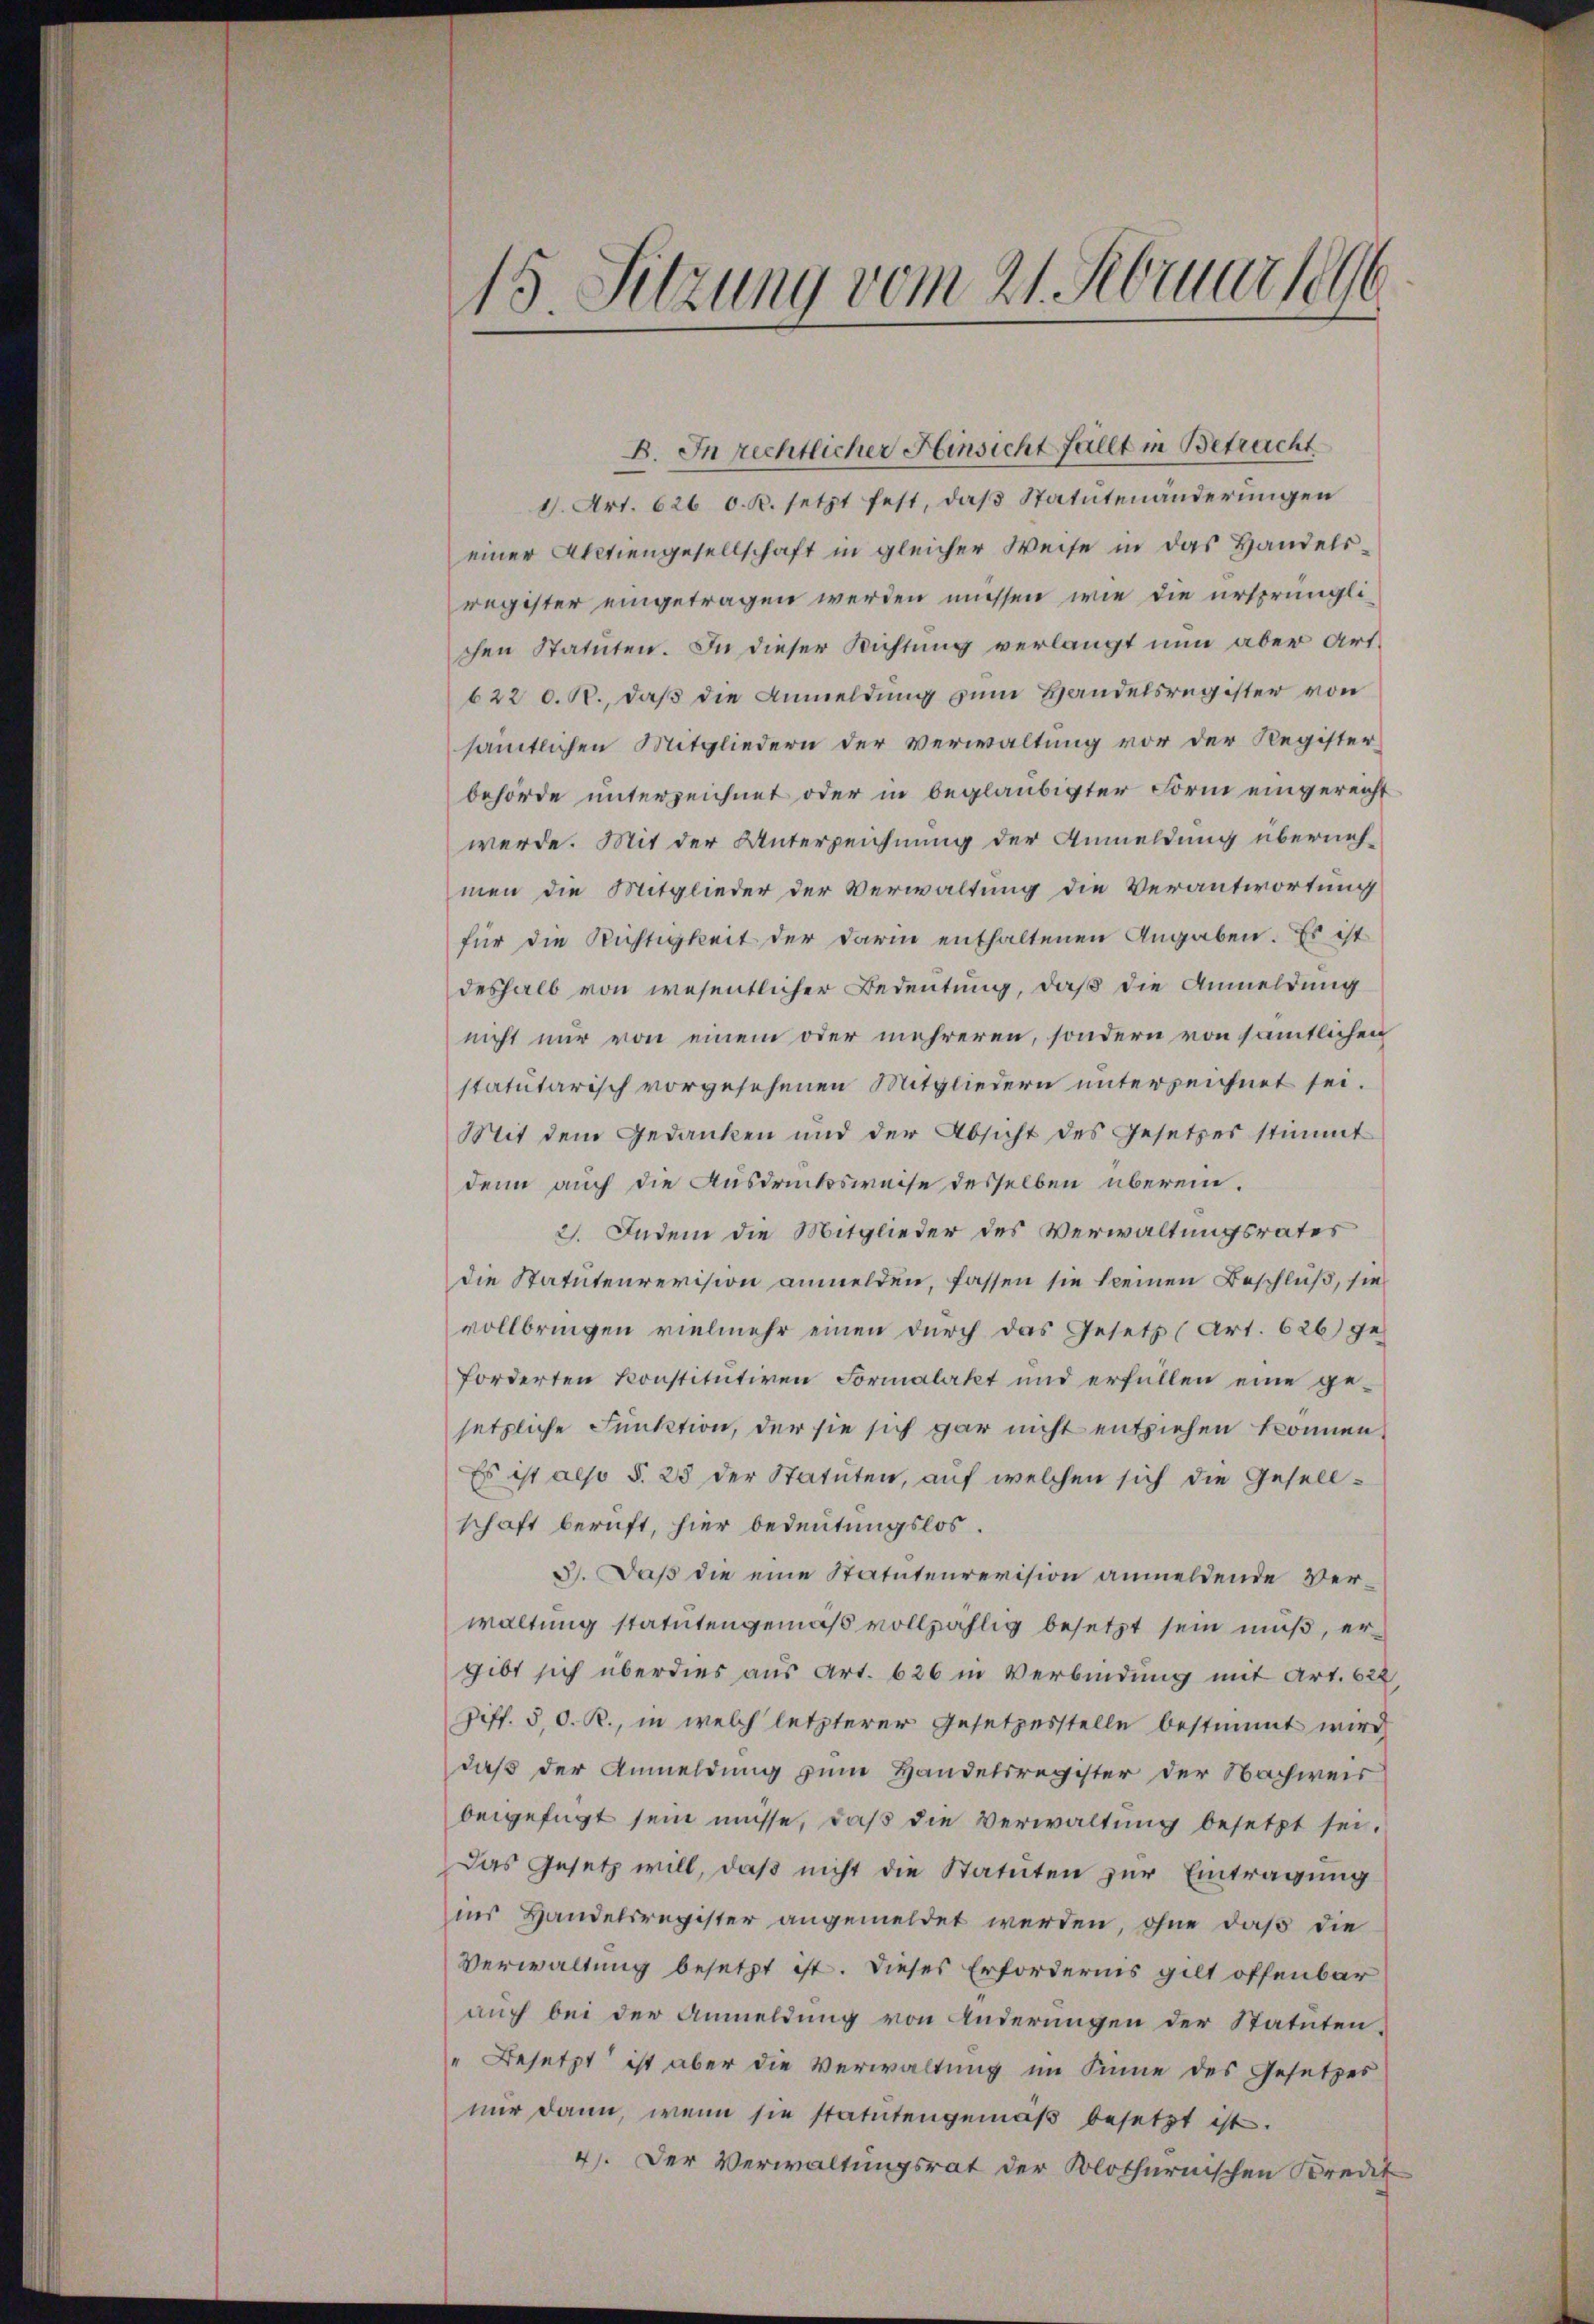
15. Sitzung vom 21. Februar 1896

11. Art. 626. d. R. setzt fest, daß Statutenänderungen
einer Aktiengesellschaft in gleicher Weise in das Handels-
register eingetragen werden müssen, wie die ursprünglichen Statuten. In dieser Richtung verlangt nun aber Art.
622 d. R., daß die Anmeldung zum Handelsregister von
sämtlichen Mitgliedern der Verwaltung vor der Register-
behörde unterzeichnet oder in beglaubigter Form eingerecht
werde. Mit der Unterzeichnung der Anmeldung übernehmen die Mitglieder der Verwaltung die Verantwortung
für die Richtigkeit der darin enthaltenen Angaben. Es ist
deshalb von wesentlicher Bedeutung, daß die Anmeldung
nicht nur von einem oder mehreren, sondern von sämtlichen
statutarisch vorgesehenen Mitgliedern unterzeichnet sei.
Mit dem Gedanken und der Absicht des Gesetzes stimmt
denn auch die Ausdrucksweise desselben überein¬
21. Indem die Mitglieder des Verwaltungsrates
die Statutenrevision anmelden, fassen sie keinen Beschluß, sie
vollbringen vielmehr einen dŭrch das Gesetz (Art. 626) ge-
forderten konstitŭtiven Formalakt und erfüllen eine ge-
setzliche Funktion, der sie sich gar nicht entziehen können,
Es ist also §. 25 der Statuten, auf welchen sich die Gesell-
schaft beruft, hier bedeutungslos.
3). Daß die eine Statutenrevision anmeldende Verwaltung statutengemäß vollzählig besetzt sein muß, ergibt sich überdies aus Art. 626 in Verbindung mit Art. 622,
iff. 50. R., in welch letzterer Gesetzesstelle bestimmt wird
daß der Anmeldung zum Handelsregister der Nachweis
beigefügt sein müsse, daß die Verwaltung besetzt sei.
Das Gesetz will, daß nicht die Statuten zur Eintragung
in Handelsregister angemeldet werden, ohne daß die
Verwaltung besetzt ist. Dieses Erfordernis gilt offenbar
auch bei der Anmeldung von Änderungen der Statuten,
"Besetzt ist aber die Verwaltung im Sinne des Gesetzes
nur dann, wenn sie statutengemäß besetzt ist.
4). Der Verwaltungsrat der Solothurnischen Kredit

B. In rechtlicher Hinsicht fällt in Betracht